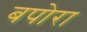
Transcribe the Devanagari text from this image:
बपोरा